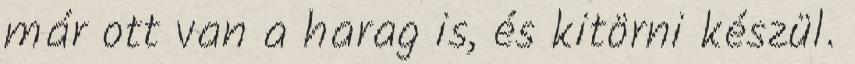
már ott van a harag is, és kitörni készül.